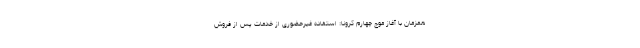
همزمان با آغاز موج چهارم کرونا: استفاده غیرحضوری از خدمات پس از فروش